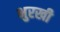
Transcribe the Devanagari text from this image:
भुरखी